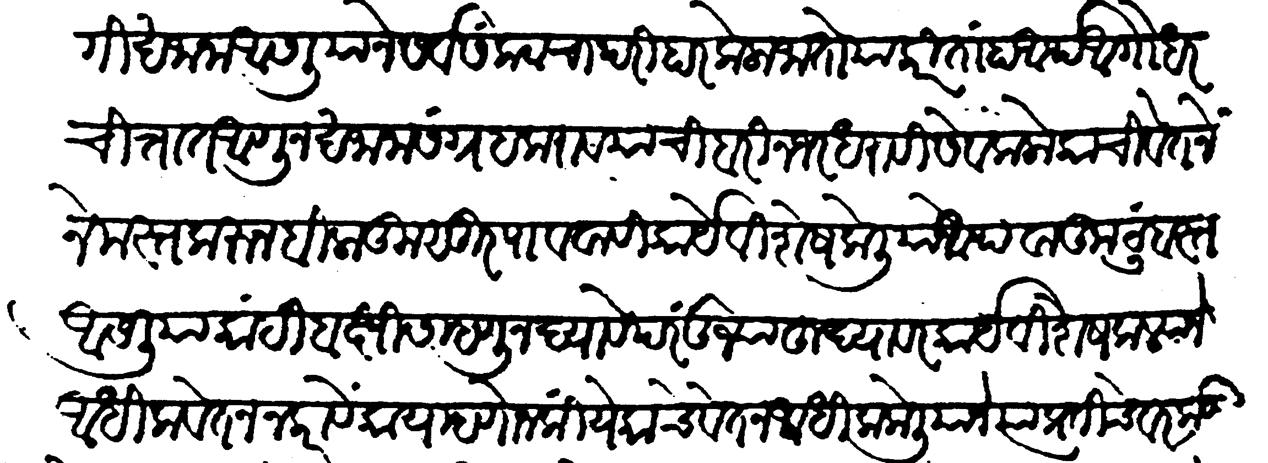
Transliteration (Devanagari): प्रसंगीं खजाना आसलियाने सर्व संकटांचा परिहार केला जातो याकरितां हा आर्थ अगोधर चित्तात आणून खजाना संग्रह करावयाची बरी नजर धरावी सेवक लोकाचीं वेतनें नेमस्त करून बिना कुसूर पाववावीं कार्य विशेष केलिया आथवा कुटुंबस्त आसलीया काही बक्षीस म्हणोन द्यावें परंतु ज्या हुद्यावर कार्य विशेष केल्याने आधिक वेतन न करावें काय म्हणोन कीं येकाचे वेतन अधिक केलियाने त्या प्रतीचे वरकड